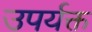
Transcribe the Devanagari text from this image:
उपर्यक्त